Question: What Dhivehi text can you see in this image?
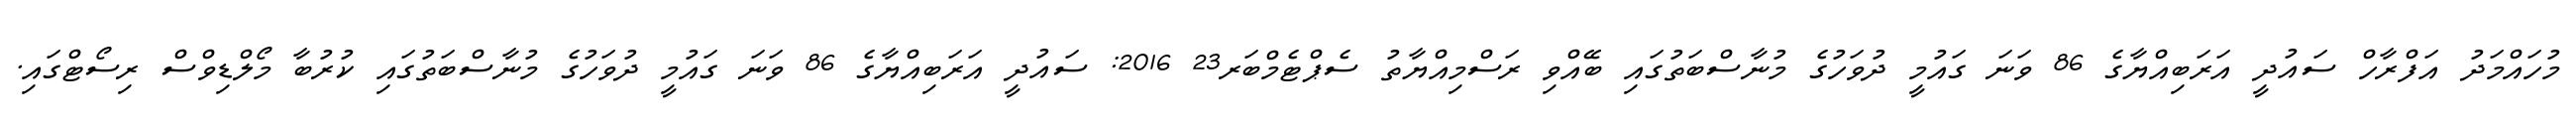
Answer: މުހައްމަދު އަފްރާހް ސައުދީ އަރަބިއްޔާގެ 86 ވަނަ ގައުމީ ދުވަހުގެ މުނާސްބަތުގައި ބޭއްވި ރަސްމިއްޔާތު ސެޕްޓެމްބަރ23 2016: ސައުދީ އަރަބިއްޔާގެ 86 ވަނަ ގައުމީ ދުވަހުގެ މުނާސްބަތުގައި ކުރުބާ މޯލްޑިވްސް ރިސޯޓްގައި.